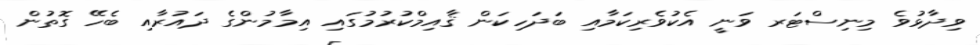
ވިދާޅުވެ މިނިސްޓަރ ވަނީ އެކުވެރިކަމާއި ބަދަހިކަން ޤާއިމްކުރުމުގައި އިމާމުންގެ ދައުރާއި ބެހޭ ގޮތުން